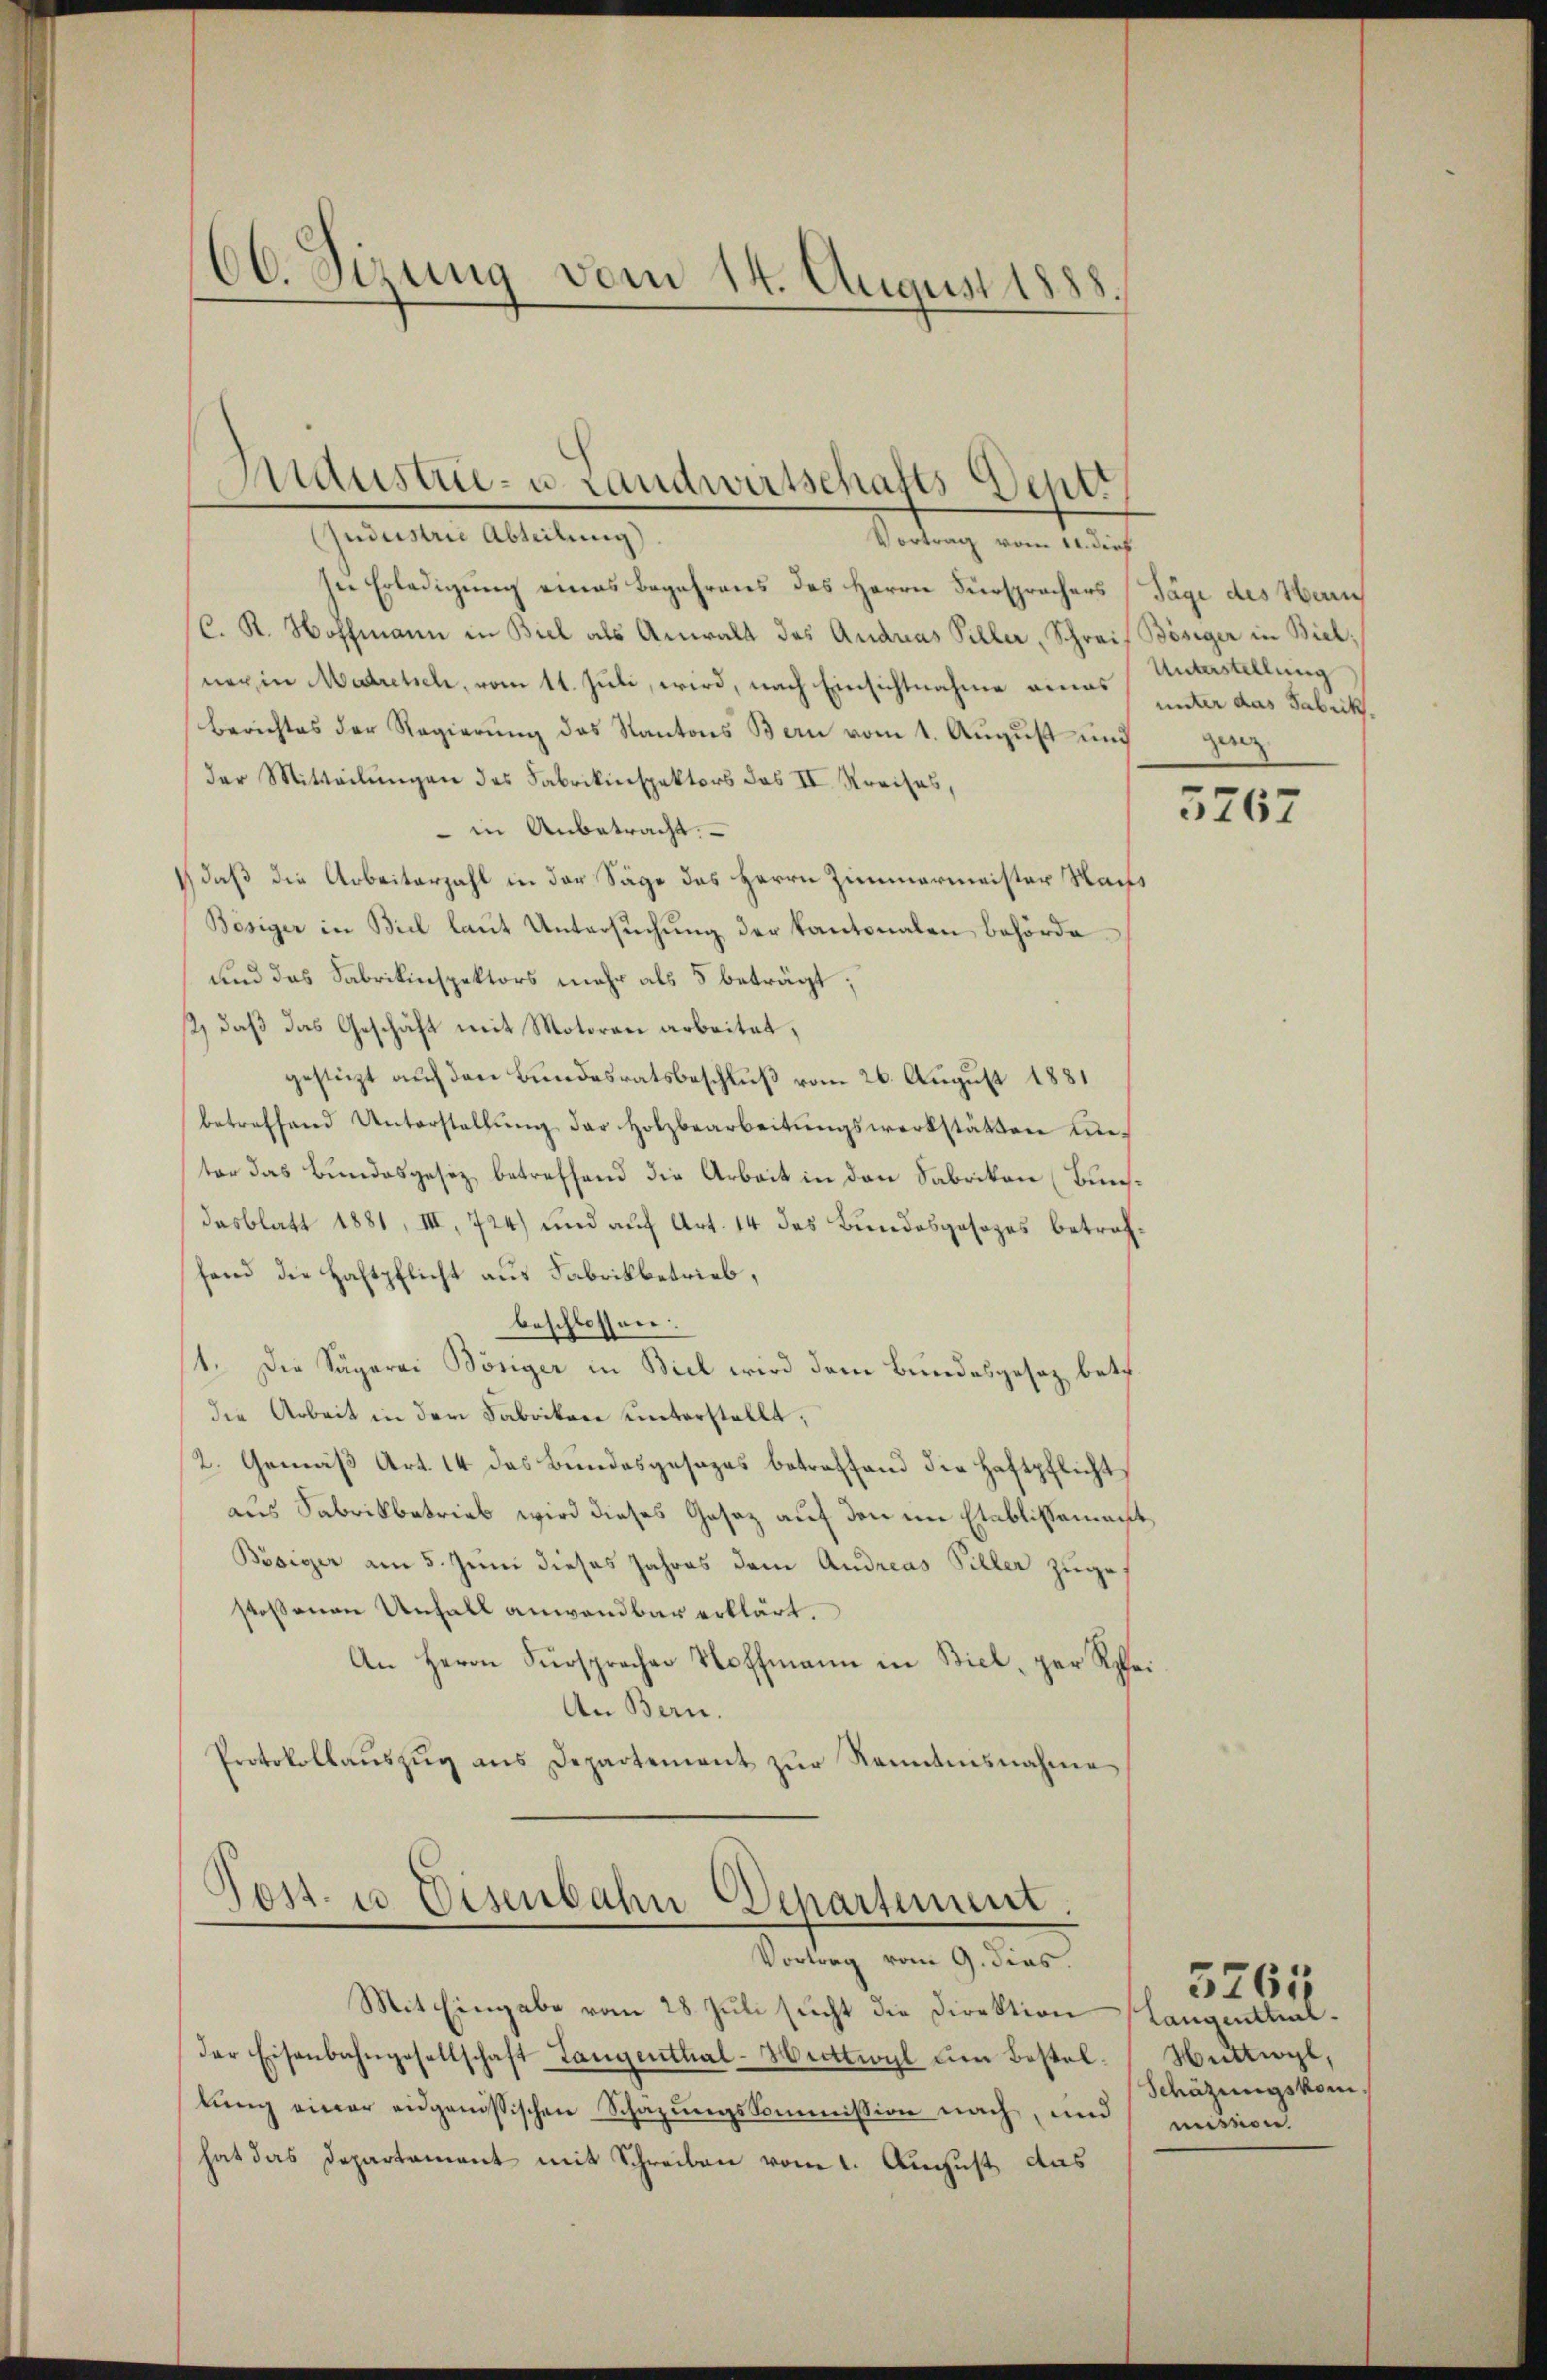
60. Sizung vom 14. August 1888.

Ausar- u Landwirtschafts Deput
udustrie Abteilung)

Vortrag vom 11. dies
sie Erledigung eines Begehrens des Herrn Fürsprachers (Tage des Herrn
(C. R. Hoffmann in Biel als Anwalt des Andreas Piller, Schreif Bösiger in Biel;
ner in Madretsch, vom 11. Juli, wird, nach Einsichtnahme eines unter das Fabrik¬
Berichtes der Regierŭng des Kantons Bern vom 1. August und
der Mitteilungen des Fabrikinspektors das II. Kreises,
 in Anbetracht.
1) daß die Arbeiterzahl in der Säge des Herrn Zimmermeister Nachs
Bösiger in Biel laut Untersuchung der Kantonalen behörde
und das Fabrikinspektors mehr als 5 beträgt;
st, daß das Geschäft mit Motoran arbeitet,
gestützt auf den Bundesratsbeschluß vom 26. August 1881
betreffend Unterstellŭng der Holzbearbeitungswerkstätten unter das Bundesgesez betreffend die Arbeit in den Fabrikon (Bunsdasblatt 1881, III, 724) und auf Art. 14 des Bundesgesezes betreffand die Haftpflicht aus Fabrikbetrieb,
beschlossen:
/1. Die Sägerei Bösiger in Biel wird dem Bundesgesez betr.
die Arbeit in den Fabriken unterstellt,
2. Gemäß Art. 14 das Bundesgesezes betreffend die Haftpflicht
aus Fabrikbetrieb wird dieses Gesez auf den im Etablissement,
Bösiger am 5. Juni dieses Jahres dem Andreas Piller zugestossenen Unfall anwendbar erklärt.
An Herrn Fürsprachen Stoffmann in Biel, per Rhei¬
An Bern.
Protokollaŭszŭg ans Departement zŭr Kenntnisnahme

Post- u Eisenbahn Departement.
Vortrag vom 9. dies.

Mit Eingabe vom 28. Juli sucht die Direktion
der Eisenbahngesellschaft Langenthal-Huttwyl um Bestel-Huttwyl,
lung einer eidgenössischen Schazungskommission nach, und mission
hat das Departement mit Schreiben vom 1. August, das

Unterstellung
gere

5767

Langenthal
Schätzungskom¬

5261